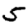
Digit: 5